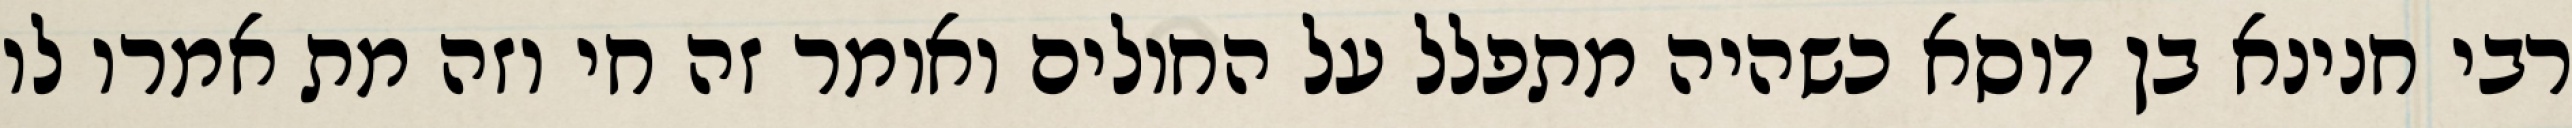
רבי חנינא בן דוסא כשהיה מתפלל על החולים ואומר זה חי וזה מת אמרו לו